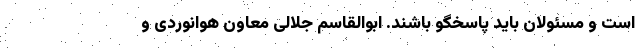
است و مسئولان باید پاسخگو باشند. ابوالقاسم جلالی معاون هوانوردی و